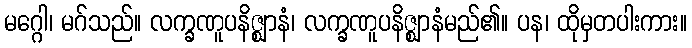
မဂ္ဂေါ၊ မဂ်သည်။ လက္ခဏူပနိဇ္ဈာနံ၊ လက္ခဏူပနိဇ္ဈာနံမည်၏။ ပန၊ ထိုမှတပါးကား။